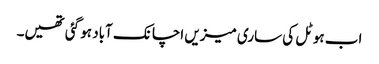
اب ہوٹل کی ساری میزیں اچانک آباد ہو گئی تھیں۔